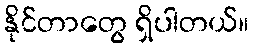
နိုင်တာတွေ ရှိပါတယ်။